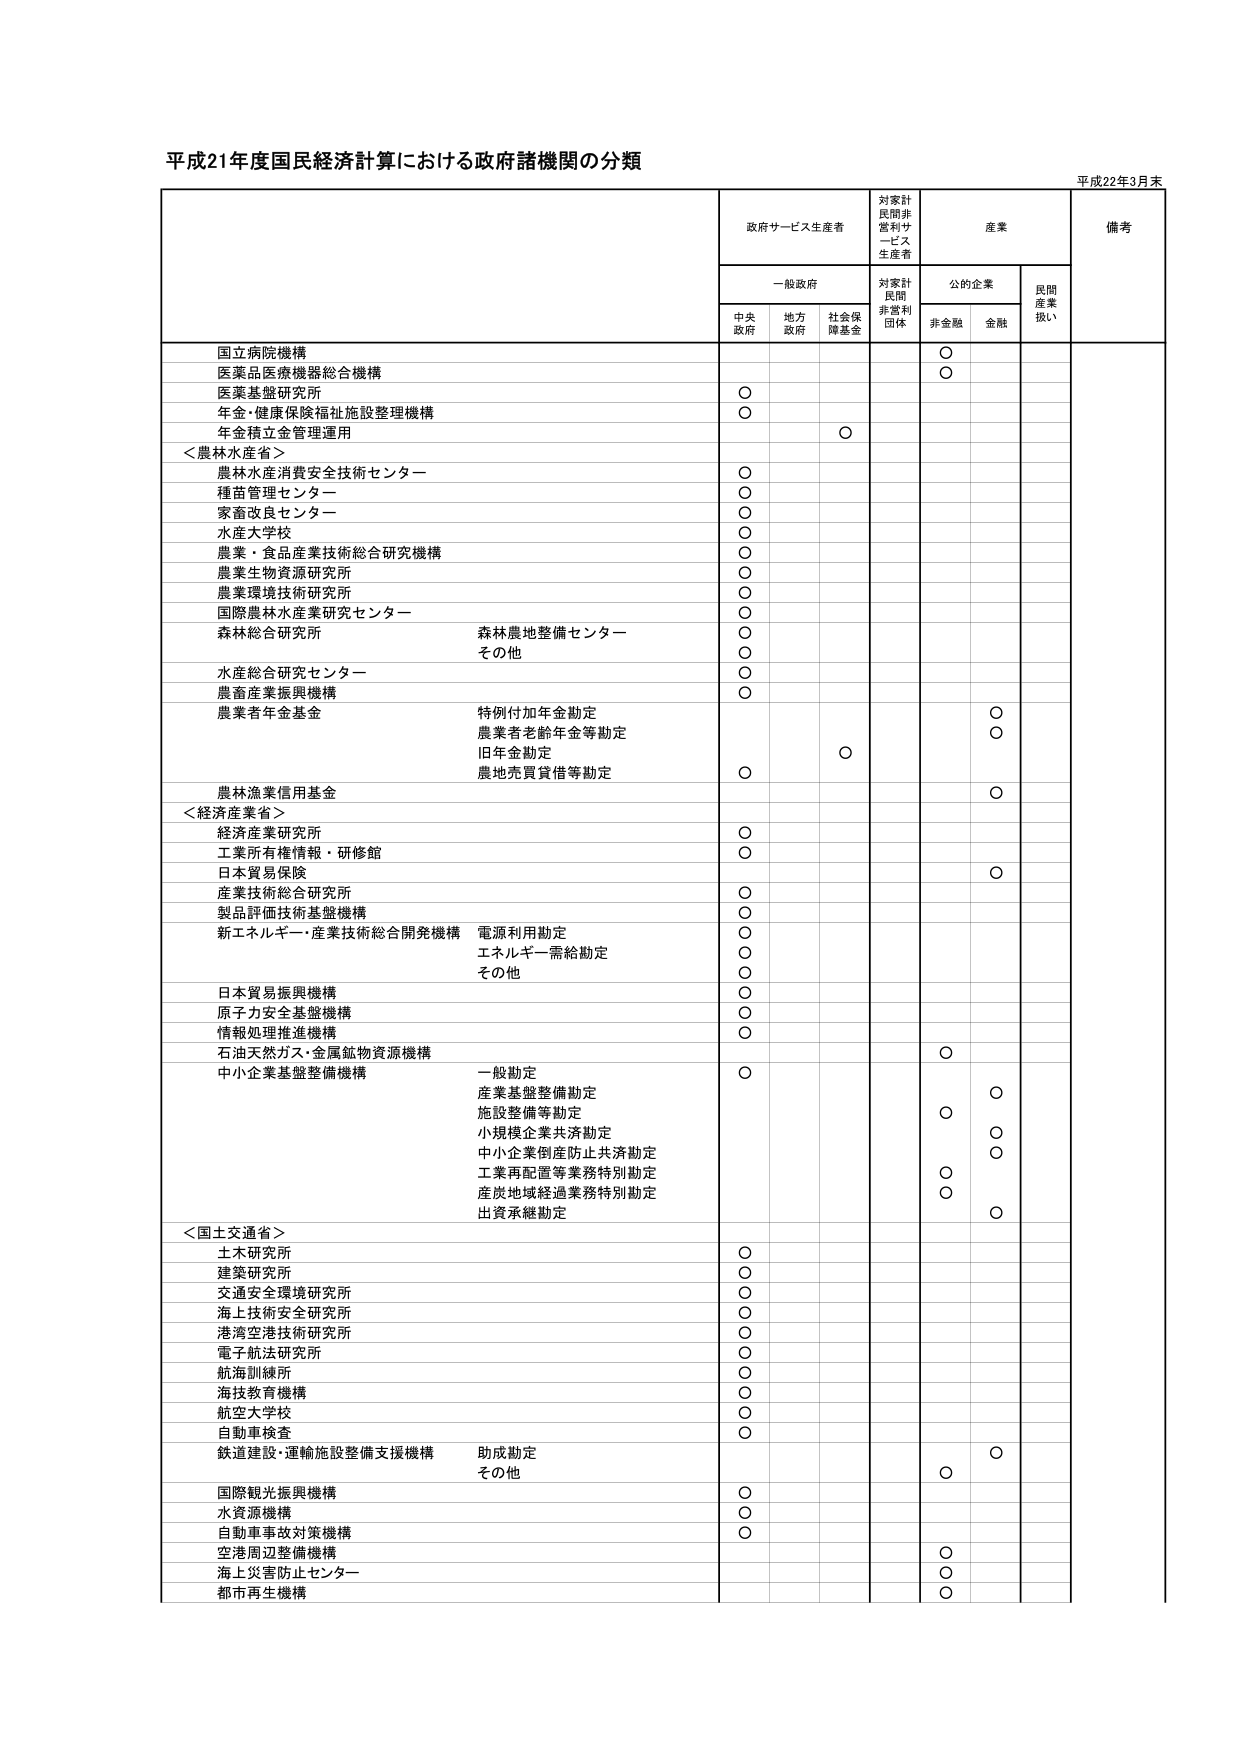
平成21年度国民経済計算における政府諸機関の分類

平成22年3月末

政府サービス生産者
対家計民間非営利サービス生産者
産業
備考

一般政府
対家計民間非営利団体
公的企業
民間産業扱い

中央政府
地方政府
社会保障基金
非金融
金融

国立病院機構
○

医薬品医療機器総合機構
○

医薬基盤研究所
○

年金・健康保険福祉施設整理機構
○

年金積立金管理運用
○

＜農林水産省＞

農林水産消費安全技術センター
○

種苗管理センター
○

家畜改良センター
○

水産大学校
○

農業・食品産業技術総合研究機構
○

農業生物資源研究所
○

農業環境技術研究所
○

国際農林水産業研究センター
○

森林総合研究所
森林農地整備センター
その他
○
○

水産総合研究センター
○

農畜産業振興機構
○

農業者年金基金
特例付加年金勘定
農業者老齢年金等勘定
旧年金勘定
農地売買貸借等勘定
○
○
○

農林漁業信用基金
○

＜経済産業省＞

経済産業研究所
○

工業所有権情報・研修館
○

日本貿易保険
○

産業技術総合研究所
○

製品評価技術基盤機構
○

新エネルギー・産業技術総合開発機構
電源利用勘定
エネルギー需給勘定
その他
○
○
○

日本貿易振興機構
○

原子力安全基盤機構
○

情報処理推進機構
○

石油天然ガス・金属鉱物資源機構
○

中小企業基盤整備機構
一般勘定
産業基盤整備勘定
施設整備等勘定
小規模企業共済勘定
中小企業倒産防止共済勘定
工業再配置等業務特別勘定
産炭地域経過業務特別勘定
出資承継勘定
○
○
○
○
○
○
○

＜国土交通省＞

土木研究所
○

建築研究所
○

交通安全環境研究所
○

海上技術安全研究所
○

港湾空港技術研究所
○

電子航法研究所
○

航海訓練所
○

海技教育機構
○

航空大学校
○

自動車検査
○

鉄道建設・運輸施設整備支援機構
助成勘定
その他
○
○

国際観光振興機構
○

水資源機構
○

自動車事故対策機構
○

空港周辺整備機構
○

海上災害防止センター
○

都市再生機構
○